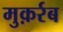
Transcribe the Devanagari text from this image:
मुक़र्रब